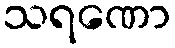
သရဏော